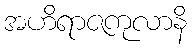
အဟိရာဇကုလာနိ